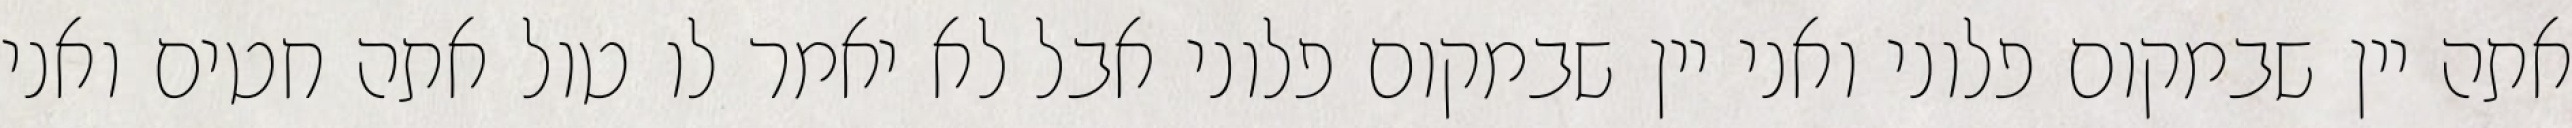
אתה יין שבמקום פלוני ואני יין שבמקום פלוני אבל לא יאמר לו טול אתה חטים ואני